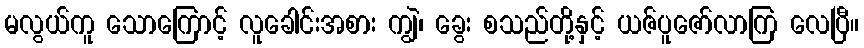
မလွယ်ကူ သောကြောင့် လူခေါင်းအစား ကျွဲ၊ ခွေး စသည်တို့နှင့် ယဇ်ပူဇော်လာကြ လေပြီ။